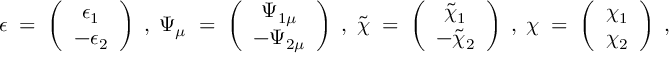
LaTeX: \epsilon \; = \; \left( \begin{array} { c } { { \epsilon _ { 1 } } } \\ { { - \epsilon _ { 2 } } } \end{array} \right) \; , \; \Psi _ { \mu } \; = \; \left( \begin{array} { c } { { \Psi _ { 1 \mu } } } \\ { { - \Psi _ { 2 \mu } } } \end{array} \right) \; , \; \tilde { \chi } \; = \; \left( \begin{array} { c } { { \tilde { \chi } _ { 1 } } } \\ { { - \tilde { \chi } _ { 2 } } } \end{array} \right) \; , \; \chi \; = \; \left( \begin{array} { c } { { \chi _ { 1 } } } \\ { { \chi _ { 2 } } } \end{array} \right) \; ,